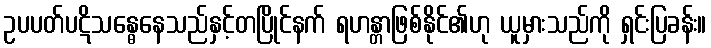
ဥပပတ်ပဋိသန္ဓေနေသည်နှင့်တပြိုင်နက် ရဟန္တာဖြစ်နိုင်၏ဟု ယူမှားသည်ကို ရှင်းပြခန်း။